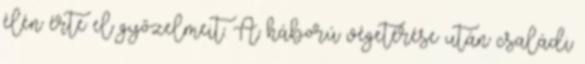
élén érte el győzelmeit. A háború végetérése után családi